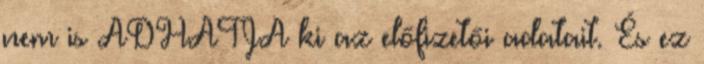
nem is ADHATJA ki az előfizetői adatait. És ez